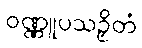
ဝဏ္ဏူပသဉှိတံ